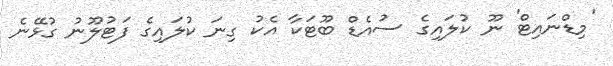
'މިޑްނައިޓް' ނޫ ކުލައިގެ ސުއެޑް ބޫޓަކާ އެކު ގިނަ ކުލައިގެ ފަޓުލޫނު ގުޅޭނެ